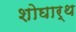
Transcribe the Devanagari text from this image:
शोघार्थ